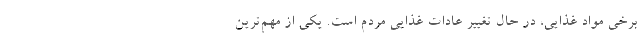
برخی مواد غذایی، در حال تغییر عادات غذایی مردم است. یکی از مهم‌ترین